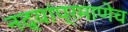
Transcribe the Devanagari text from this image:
नद्यांप्रमाणेच